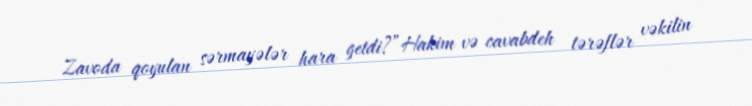
Zavoda qoyulan sərmayələr hara getdi?”Hakim və cavabdeh tərəflər vəkilin